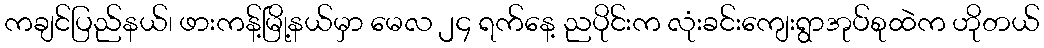
ကချင်ပြည်နယ်၊ ဖားကန့်မြို့နယ်မှာ မေလ ၂၄ ရက်နေ့ ညပိုင်းက လုံးခင်းကျေးရွာအုပ်စုထဲက ဟိုတယ်